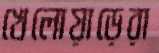
খেলোয়াড়েরা